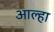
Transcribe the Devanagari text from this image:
आल्‍हा